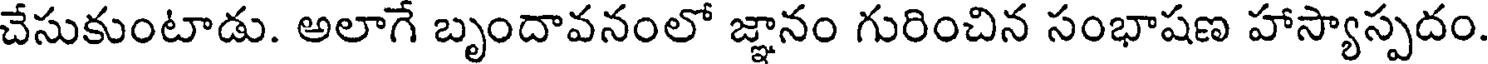
చేసుకుంటాడు. అలాగే బృందావనంలో జ్ఞానం గురించిన సంభాషణ హాస్యాస్పదం